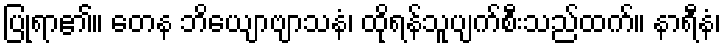
ပြုရာ၏။ တေန ဘိယျောဗျာသနံ၊ ထိုရန်သူပျက်စီးသည်ထက်။ နာရီနံ၊